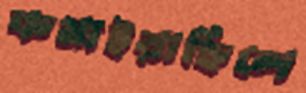
কমাইয়াছিলে